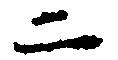
二